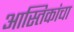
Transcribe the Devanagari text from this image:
आस्तिकांचा